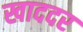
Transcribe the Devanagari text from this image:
खाददर